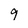
Character: 9